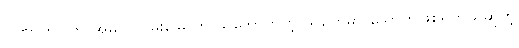
ပါဏာတိပါတ အမှုကို ဝမ်းမြောက် သဘောတူတဲ့ သူတွေမှာ သောကဖြစ်ရတယ်ဆိုတဲ့